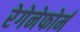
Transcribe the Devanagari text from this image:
रेगेनेफोर्म